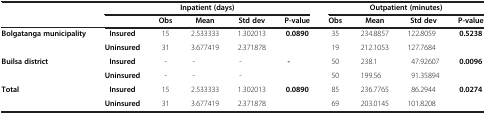
| <ROWSPAN=2>  | <COLSPAN=5> Inpatient (days) | <COLSPAN=4> Outpatient (minutes) |
 |  | Obs | Mean | Std dev | P-value | Obs | Mean | Std dev | P-value |
 | --- | --- | --- | --- | --- | --- | --- | --- | --- | --- |
 | <ROWSPAN=2> Bolgatanga municipality | Insured | 15 | 2.533333 | 1.302013 | <ROWSPAN=2> 0.0890 | 35 | 234.8857 | 122.8059 | <ROWSPAN=2> 0.5238 |
 | Uninsured | 31 | 3.677419 | 2.371878 | 19 | 212.1053 | 127.7684 |
 | <ROWSPAN=2> Builsa district | Insured | - | - | - | <ROWSPAN=2> - | 50 | 238.1 | 47.92607 | <ROWSPAN=2> 0.0096 |
 | Uninsured | - | - | - | 50 | 199.56 | 91.35894 |
 | <ROWSPAN=2> Total | Insured | 15 | 2.533333 | 1.302013 | <ROWSPAN=2> 0.0890 | 85 | 236.7765 | 86.2944 | <ROWSPAN=2> 0.0274 |
 | Uninsured | 31 | 3.677419 | 2.371878 | 69 | 203.0145 | 101.8208 |